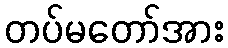
တပ်မတော်အား